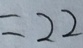
= 2 2